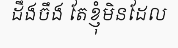
ដឹងចឹង តែខ្ញុំមិនដែល